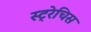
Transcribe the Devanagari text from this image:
स्ट्रेचिस